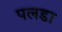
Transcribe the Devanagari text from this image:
पलडा